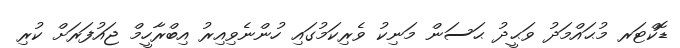
ޑޮކްޓަރ މުޙައްމަދު ވަޙީދު ޙަސަން މަނިކު ވެރިކަމުގައި ހުންނެވިއިރު އިބްރާހީމް ޖައުފަރަށް ކުރި